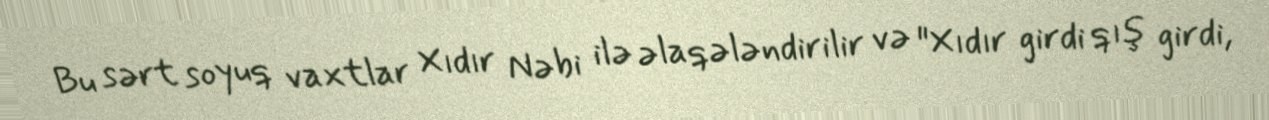
Bu sərt soyuq vaxtlar Xıdır Nəbi ilə əlaqələndirilir və "Xıdır girdi qış girdi,